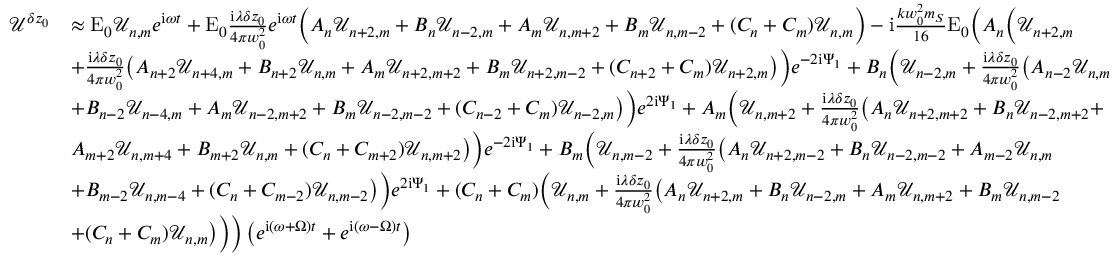
\begin{array} { r l } { \mathcal { U } ^ { \delta z _ { 0 } } } & { \approx \mathrm { E } _ { 0 } \mathcal { U } _ { n , m } e ^ { \mathrm { i } \omega t } + \mathrm { E } _ { 0 } \frac { \mathrm { i } \lambda \delta z _ { 0 } } { 4 \pi w _ { 0 } ^ { 2 } } e ^ { \mathrm { i } \omega t } \Big ( A _ { n } \mathcal { U } _ { n + 2 , m } + B _ { n } \mathcal { U } _ { n - 2 , m } + A _ { m } \mathcal { U } _ { n , m + 2 } + B _ { m } \mathcal { U } _ { n , m - 2 } + ( C _ { n } + C _ { m } ) \mathcal { U } _ { n , m } \Big ) - \mathrm { i } \frac { k w _ { 0 } ^ { 2 } m _ { S } } { 1 6 } \mathrm { E } _ { 0 } \bigg ( A _ { n } \Big ( \mathcal { U } _ { n + 2 , m } } \\ & { + \frac { \mathrm { i } \lambda \delta z _ { 0 } } { 4 \pi w _ { 0 } ^ { 2 } } \big ( A _ { n + 2 } \mathcal { U } _ { n + 4 , m } + B _ { n + 2 } \mathcal { U } _ { n , m } + A _ { m } \mathcal { U } _ { n + 2 , m + 2 } + B _ { m } \mathcal { U } _ { n + 2 , m - 2 } + ( C _ { n + 2 } + C _ { m } ) \mathcal { U } _ { n + 2 , m } \big ) \Big ) e ^ { - 2 \mathrm { i } \Psi _ { 1 } } + B _ { n } \Big ( \mathcal { U } _ { n - 2 , m } + \frac { \mathrm { i } \lambda \delta z _ { 0 } } { 4 \pi w _ { 0 } ^ { 2 } } \big ( A _ { n - 2 } \mathcal { U } _ { n , m } } \\ & { + B _ { n - 2 } \mathcal { U } _ { n - 4 , m } + A _ { m } \mathcal { U } _ { n - 2 , m + 2 } + B _ { m } \mathcal { U } _ { n - 2 , m - 2 } + ( C _ { n - 2 } + C _ { m } ) \mathcal { U } _ { n - 2 , m } \big ) \Big ) e ^ { 2 \mathrm { i } \Psi _ { 1 } } + A _ { m } \Big ( \mathcal { U } _ { n , m + 2 } + \frac { \mathrm { i } \lambda \delta z _ { 0 } } { 4 \pi w _ { 0 } ^ { 2 } } \big ( A _ { n } \mathcal { U } _ { n + 2 , m + 2 } + B _ { n } \mathcal { U } _ { n - 2 , m + 2 } + } \\ & { A _ { m + 2 } \mathcal { U } _ { n , m + 4 } + B _ { m + 2 } \mathcal { U } _ { n , m } + ( C _ { n } + C _ { m + 2 } ) \mathcal { U } _ { n , m + 2 } \big ) \Big ) e ^ { - 2 \mathrm { i } \Psi _ { 1 } } + B _ { m } \Big ( \mathcal { U } _ { n , m - 2 } + \frac { \mathrm { i } \lambda \delta z _ { 0 } } { 4 \pi w _ { 0 } ^ { 2 } } \big ( A _ { n } \mathcal { U } _ { n + 2 , m - 2 } + B _ { n } \mathcal { U } _ { n - 2 , m - 2 } + A _ { m - 2 } \mathcal { U } _ { n , m } } \\ & { + B _ { m - 2 } \mathcal { U } _ { n , m - 4 } + ( C _ { n } + C _ { m - 2 } ) \mathcal { U } _ { n , m - 2 } \big ) \Big ) e ^ { 2 \mathrm { i } \Psi _ { 1 } } + ( C _ { n } + C _ { m } ) \Big ( \mathcal { U } _ { n , m } + \frac { \mathrm { i } \lambda \delta z _ { 0 } } { 4 \pi w _ { 0 } ^ { 2 } } \big ( A _ { n } \mathcal { U } _ { n + 2 , m } + B _ { n } \mathcal { U } _ { n - 2 , m } + A _ { m } \mathcal { U } _ { n , m + 2 } + B _ { m } \mathcal { U } _ { n , m - 2 } } \\ & { + ( C _ { n } + C _ { m } ) \mathcal { U } _ { n , m } \big ) \Big ) \bigg ) \left( e ^ { \mathrm { i } ( \omega + \Omega ) t } + e ^ { \mathrm { i } ( \omega - \Omega ) t } \right) } \end{array}